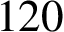
1 2 0